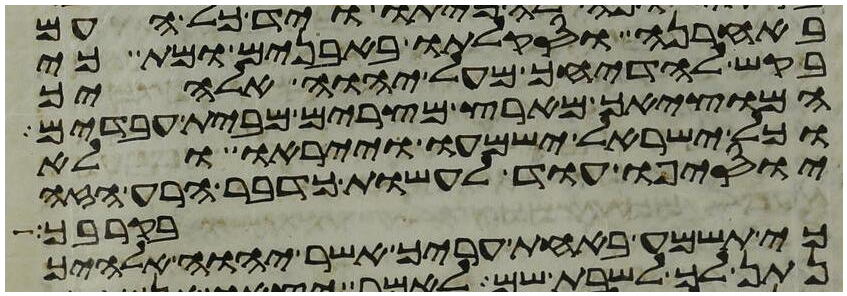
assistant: באחרנה וסקלתו באבנים ומת כי
בקש להדיחך מעל יהוה אלהיך
המוציאך מארץ מצרים מבית עבדים
וכל ישראל ישמעו וייראו ולא
יוסיפו עוד לעשות כדבר הרע הזה
בקרבך
כי תשמע באחת עריך אשר יהוה אלהיך